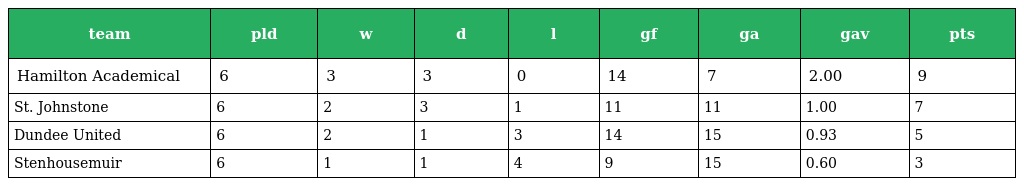
| team | pld | w | d | l | gf | ga | gav | pts |
 | --- | --- | --- | --- | --- | --- | --- | --- | --- |
 | Hamilton Academical | 6 | 3 | 3 | 0 | 14 | 7 | 2.00 | 9 |
 | St. Johnstone | 6 | 2 | 3 | 1 | 11 | 11 | 1.00 | 7 |
 | Dundee United | 6 | 2 | 1 | 3 | 14 | 15 | 0.93 | 5 |
 | Stenhousemuir | 6 | 1 | 1 | 4 | 9 | 15 | 0.60 | 3 |